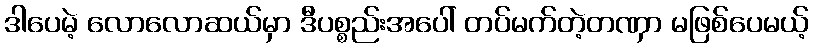
ဒါပေမဲ့ လောလောဆယ်မှာ ဒီပစ္စည်းအပေါ် တပ်မက်တဲ့တဏှာ မဖြစ်ပေမယ့်